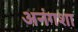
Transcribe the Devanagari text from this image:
अनंगशा